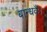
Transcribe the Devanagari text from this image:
बान्धवैः।